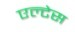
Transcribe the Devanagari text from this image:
एल्टेस